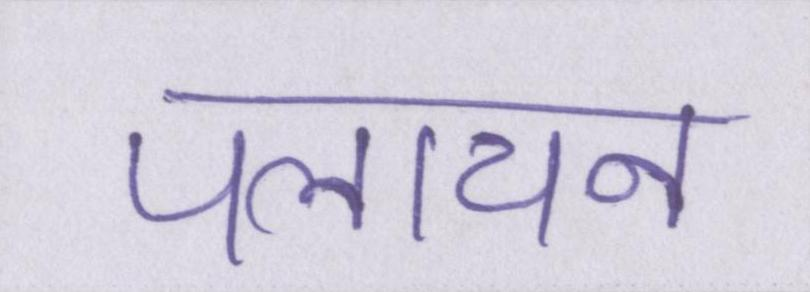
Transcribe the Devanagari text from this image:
पलायन